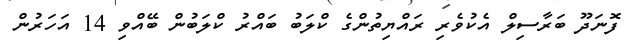
ފޮނަދޫ ބަރާސިލް އެކުވެރި ރައްޔިތުންގެ ކްލަބު ބައްރު ކްލަބުން ބޭއްވި 14 އަހަރުން